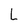
Character: L